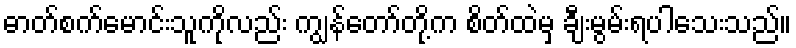
ဓာတ်စက်မောင်းသူကိုလည်း ကျွန်တော်တို့က စိတ်ထဲမှ ချီးမွမ်းရပါသေးသည်။